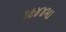
૧૯૪૪મા